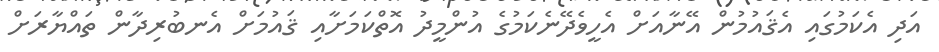
އަދި އެކަމުގައި އެޤައުމުން އޭނާއަށް އެހީވެދޭނެކަމުގެ އުންމީދު އޮތްކަމަށާއި ޤައުމަށް އެނބުރިދާން ތައްޔާރަށް